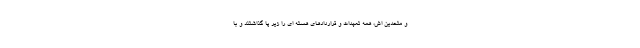
و متحدین اش، همه تعهدات و قراردادهای هسته ای را زیر پا گذاشتند و با